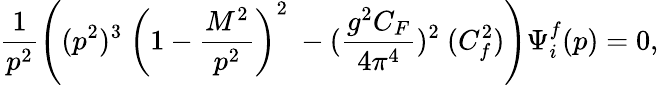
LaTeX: \frac{1}{p^{2}}\left((p^{2})^{3}\ \left(1-\frac{M^{2}}{p^{2}}\right)^{2}\ -(\frac{g^{2}C_{F}}{4\pi^{4}})^{2}\ (C_{f}^{2})\right)\Psi_{i}^{f}(p)=0,